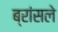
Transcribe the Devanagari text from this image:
ब्रांसले